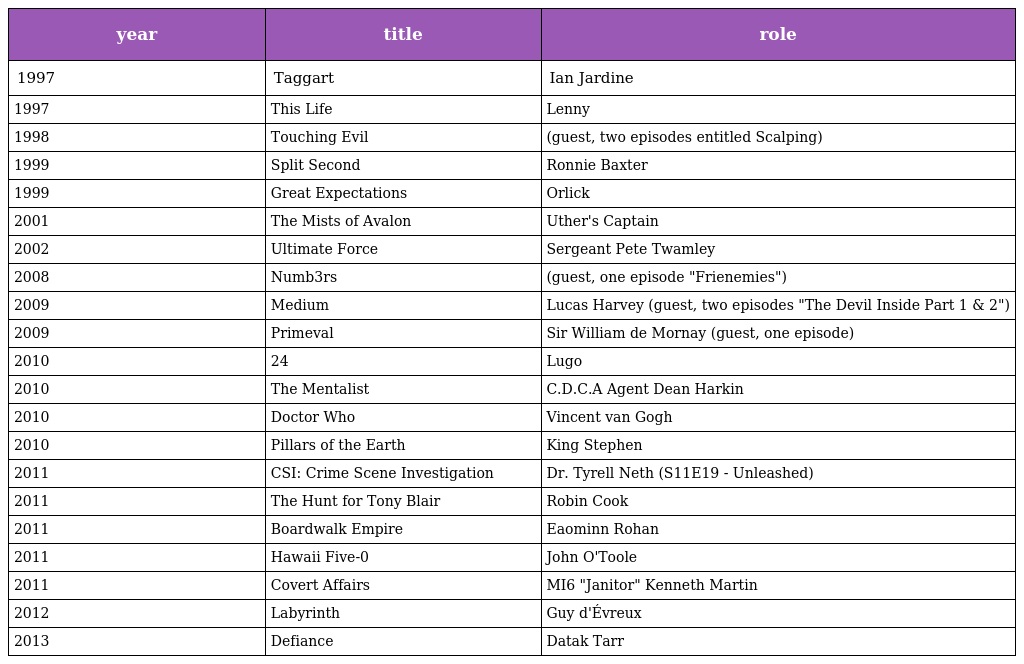
| year | title | role |
 | --- | --- | --- |
 | 1997 | Taggart | Ian Jardine |
 | 1997 | This Life | Lenny |
 | 1998 | Touching Evil | (guest, two episodes entitled Scalping) |
 | 1999 | Split Second | Ronnie Baxter |
 | 1999 | Great Expectations | Orlick |
 | 2001 | The Mists of Avalon | Uther's Captain |
 | 2002 | Ultimate Force | Sergeant Pete Twamley |
 | 2008 | Numb3rs | (guest, one episode "Frienemies") |
 | 2009 | Medium | Lucas Harvey (guest, two episodes "The Devil Inside Part 1 & 2") |
 | 2009 | Primeval | Sir William de Mornay (guest, one episode) |
 | 2010 | 24 | Lugo |
 | 2010 | The Mentalist | C.D.C.A Agent Dean Harkin |
 | 2010 | Doctor Who | Vincent van Gogh |
 | 2010 | Pillars of the Earth | King Stephen |
 | 2011 | CSI: Crime Scene Investigation | Dr. Tyrell Neth (S11E19 - Unleashed) |
 | 2011 | The Hunt for Tony Blair | Robin Cook |
 | 2011 | Boardwalk Empire | Eaominn Rohan |
 | 2011 | Hawaii Five-0 | John O'Toole |
 | 2011 | Covert Affairs | MI6 "Janitor" Kenneth Martin |
 | 2012 | Labyrinth | Guy d'Évreux |
 | 2013 | Defiance | Datak Tarr |